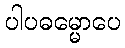
ပါပဓမ္မောပေ